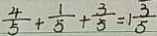
\frac { 4 } { 5 } + \frac { 1 } { 5 } + \frac { 3 } { 5 } = 1 \frac { 3 } { 5 }